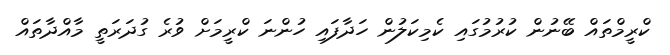
ކްރީމްތައް ބޭނުން ކުރުމުގައި ކެމިކަލުން ހަދާފައި ހުންނަ ކްރީމަށް ވުރެ ގުދަރަތީ މާއްދާތައް